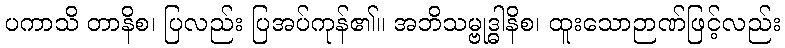
ပကာသိ တာနိစ၊ ပြလည်း ပြအပ်ကုန်၏။ အဘိသမ္ဗုဒ္ဓါနိစ၊ ထူးသောဉာဏ်ဖြင့်လည်း